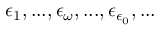
\epsilon _ { 1 } , . . . , \epsilon _ { \omega } , . . . , \epsilon _ { \epsilon _ { 0 } } , . . .